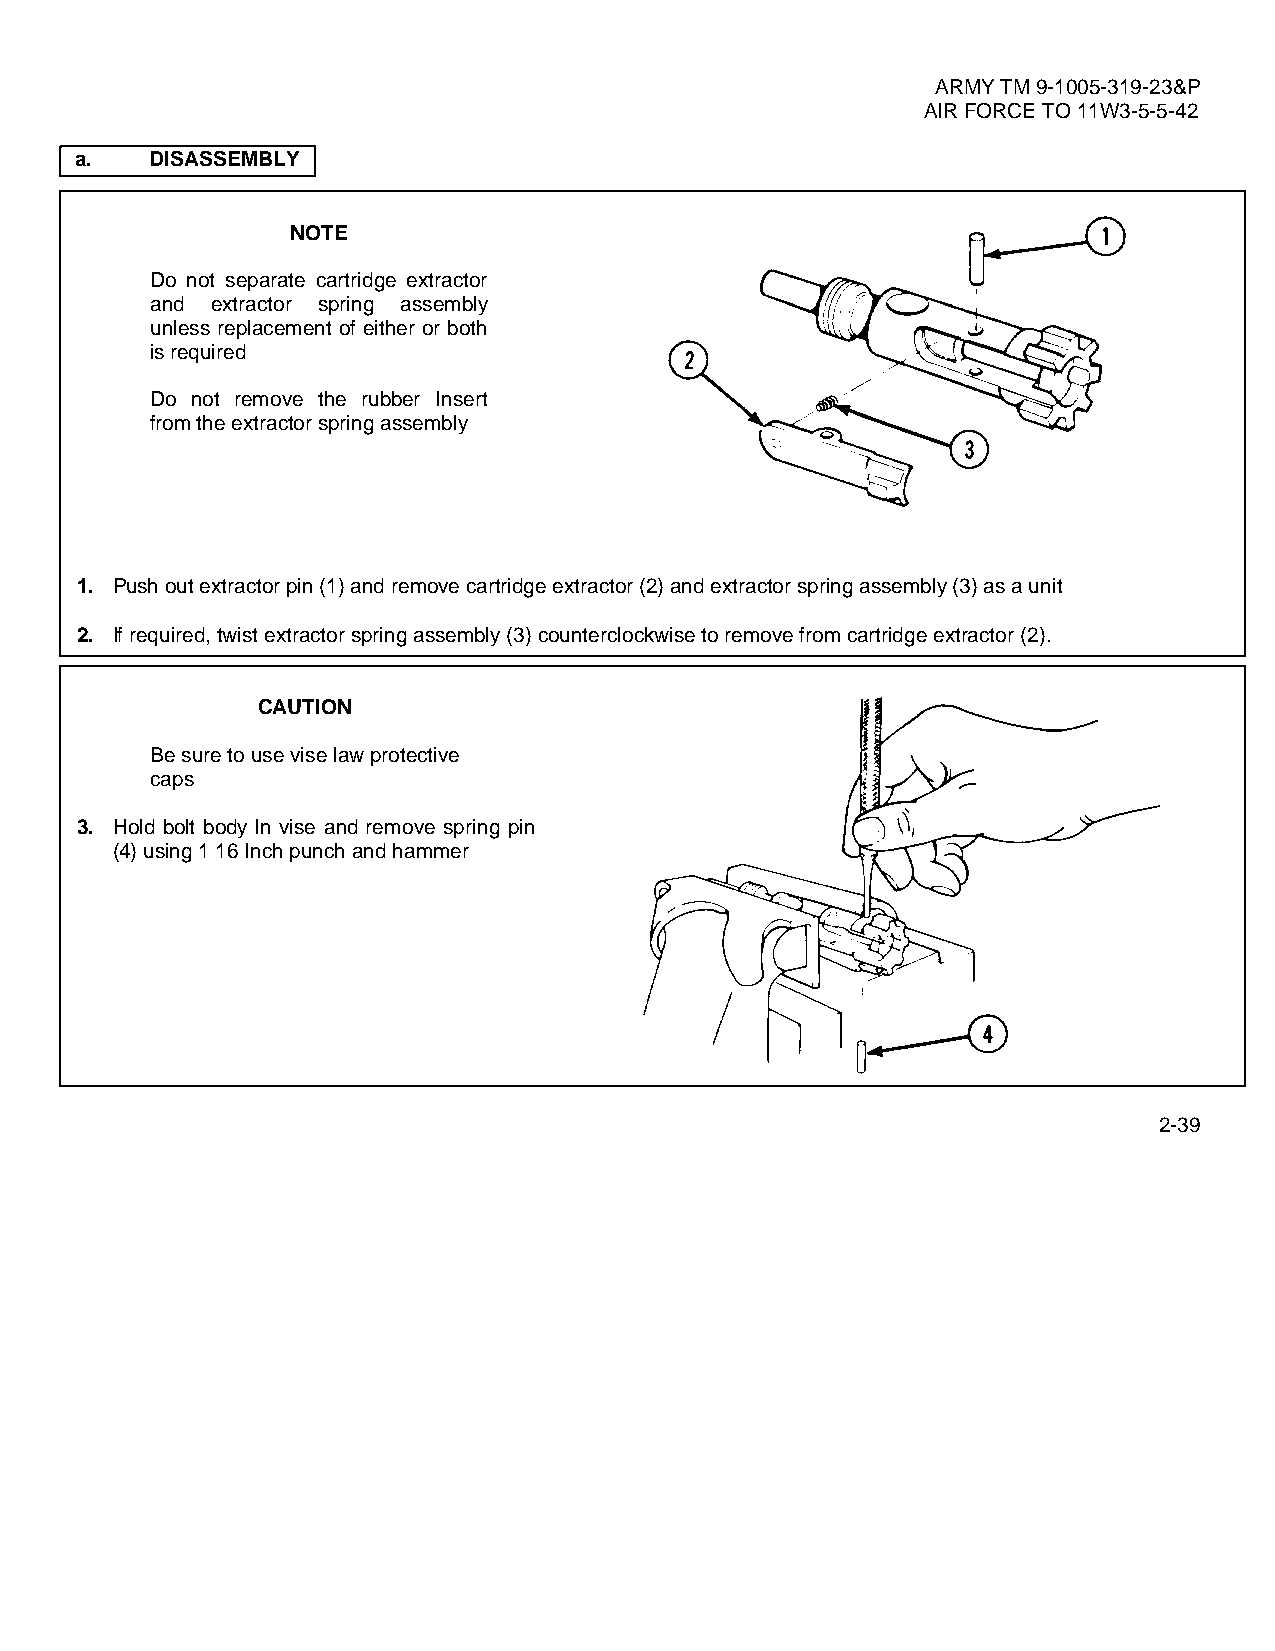
ARMY TM 9-1005-319-23&P
 AIR FORCE TO 11W3-5-5-42
 a.   DISASSEMBLY
 NOTE
 Do not separate cartridge extractor
 and extractor spring assembly
 unless replacement of either or both
 is required
 Do not remove the rubber Insert
 from the extractor spring assembly
 1. Push out extractor pin (1) and remove cartridge extractor (2) and extractor spring assembly (3) as a unit
 2. If required, twist extractor spring assembly (3) counterclockwise to remove from cartridge extractor (2).
 CAUTION
 Be sure to use vise law protective
 caps
 3. Hold bolt body In vise and remove spring pin
 (4) using 1 16 Inch punch and hammer
 2-39